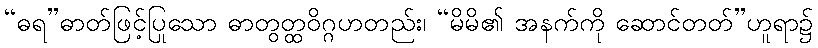
“ဓရ”ဓာတ်ဖြင့်ပြုသော ဓာတွတ္ထဝိဂ္ဂဟတည်း၊ “မိမိ၏ အနက်ကို ဆောင်တတ်”ဟူရာ၌